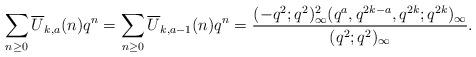
LaTeX: \begin{align*}\sum_{n\geq 0}\overline{U}_{k,a}(n)q^n=\sum_{n\geq 0}\overline{U}_{k,a-1}(n)q^n=\frac{(-q^2;q^2)^2_\infty(q^{a},q^{2k-a},q^{2k};q^{2k})_\infty}{(q^{2};q^2)_\infty}. \end{align*}